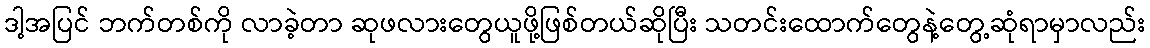
ဒါ့အပြင် ဘက်တစ်ကို လာခဲ့တာ ဆုဖလားတွေယူဖို့ဖြစ်တယ်ဆိုပြီး သတင်းထောက်တွေနဲ့တွေ့ဆုံရာမှာလည်း